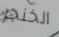
الخنجر